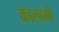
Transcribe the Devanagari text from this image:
कालामो